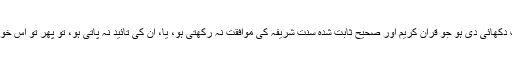
خاص طور پر جب کہ خواب میں کوئی ایسی بات دِکھائی دی ہو جو قران کریم اور صحیح ثابت شُدہ سُنّت شریفہ کی موافقت نہ رکھتی ہو، یا، اُن کی تائید نہ پاتی ہو، تو پھر تو اُس خواب کو ماننا سوائے غلط فہمی کے اور کچھ نہیں ۔